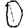
Digit: 0